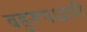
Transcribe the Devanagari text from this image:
बहुरूपधारी